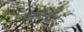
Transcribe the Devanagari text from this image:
पेराबोलोइड